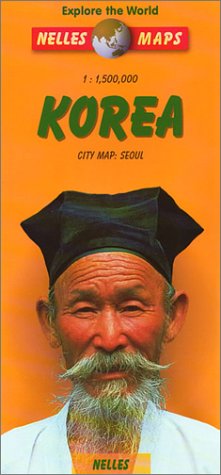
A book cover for Korea (South & North) 1:1,500,000 Travel Map 2003*** (Nelles Map) (English and French Edition); Nelles Maps; Travel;